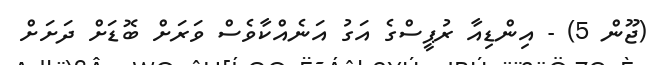
(ޖޫން 5) - އިންޑިއާ ރުޕީސްގެ އަގު އަނެއްކާވެސް ވަރަށް ބޮޑަށް ދަށަށް